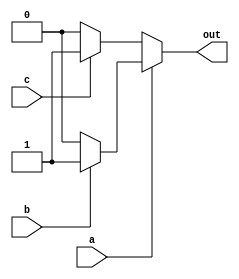
module nested_if_else(input a, b, c, output reg out);

    always @* begin
        if (a) begin
            if (b) begin
                out = 1;
            end
            else begin
                out = 0;
            end
        end
        else begin
            if (c) begin
                out = 1;
            end
            else begin
                out = 0;
            end
        end
    end

endmodule